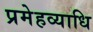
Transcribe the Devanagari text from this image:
प्रमेहव्याधि